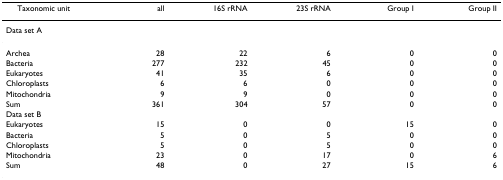
<table><thead><tr><td><b>Taxonomic unit</b></td><td><b>all</b></td><td><b>16S rRNA</b></td><td><b>23S rRNA</b></td><td><b>Group I</b></td><td><b>Group II</b></td></tr></thead><tbody><tr><td>Data set A</td><td></td><td></td><td></td><td></td><td></td></tr><tr><td>Archea</td><td>28</td><td>22</td><td>6</td><td>0</td><td>0</td></tr><tr><td>Bacteria</td><td>277</td><td>232</td><td>45</td><td>0</td><td>0</td></tr><tr><td>Eukaryotes</td><td>41</td><td>35</td><td>6</td><td>0</td><td>0</td></tr><tr><td>Chloroplasts</td><td>6</td><td>6</td><td>0</td><td>0</td><td>0</td></tr><tr><td>Mitochondria</td><td>9</td><td>9</td><td>0</td><td>0</td><td>0</td></tr><tr><td>Sum</td><td>361</td><td>304</td><td>57</td><td>0</td><td>0</td></tr><tr><td>Data set B</td><td></td><td></td><td></td><td></td><td></td></tr><tr><td>Eukaryotes</td><td>15</td><td>0</td><td>0</td><td>15</td><td>0</td></tr><tr><td>Bacteria</td><td>5</td><td>0</td><td>5</td><td>0</td><td>0</td></tr><tr><td>Chloroplasts</td><td>5</td><td>0</td><td>5</td><td>0</td><td>0</td></tr><tr><td>Mitochondria</td><td>23</td><td>0</td><td>17</td><td>0</td><td>6</td></tr><tr><td>Sum</td><td>48</td><td>0</td><td>27</td><td>15</td><td>6</td></tr></tbody></table>